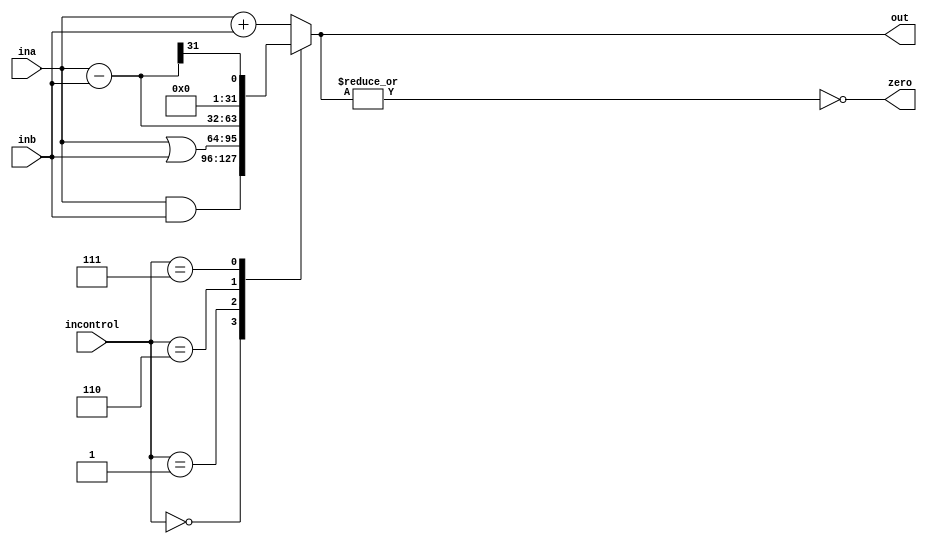
module alu(ina, inb, incontrol, out, zero);

input [31:0] ina, inb; //two input values to perform arithmetic on

input [3:0] incontrol; //dictates what kind of operation is to be performed

output [31:0] out; //32 bit output

output zero; //set to 1 when output of ALU is 0

reg [31:0]slt;
reg [31:0]outcp;

always @ (*) begin
	slt <= ina - inb;
end

always @ (ina, inb, incontrol) begin

	case (incontrol)
		4'b0000: outcp <= ina & inb; //AND
		4'b0001: outcp <= ina | inb; //OR
		4'b0010: outcp <= ina + inb; //addition
		4'b0110: outcp <= ina - inb; //subtraction
		4'b0111: outcp <= {31'b0, slt[31]}; //set-on-less-than
		default: outcp <= ina + inb;
	endcase

end

assign out = outcp;
assign zero = ~(|out);

endmodule